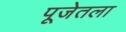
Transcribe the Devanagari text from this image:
पूजेतला